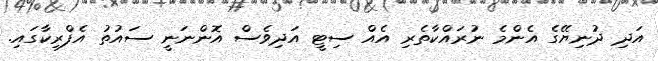
އަދި ދުނިޔޭގެ އެންމެ ނުރައްކާތެރި އެއް ސިޓީ އަދިވެސް އޮންނަނީ ސައުތު އެފްރިކާގައި.